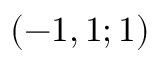
( - 1 , 1 ; 1 )